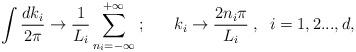
LaTeX: \begin{align*}\int \frac{dk_{i}}{2\pi }\rightarrow \frac{1}{L_{i}}\sum_{n_{i}=-\infty}^{+\infty }\;;\;\;\;\;\;\;k_{i}\rightarrow \frac{2n_{i}\pi }{L_{i}} \;,\;\;i=1,2...,d, \end{align*}